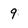
Character: 9